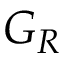
G _ { R }